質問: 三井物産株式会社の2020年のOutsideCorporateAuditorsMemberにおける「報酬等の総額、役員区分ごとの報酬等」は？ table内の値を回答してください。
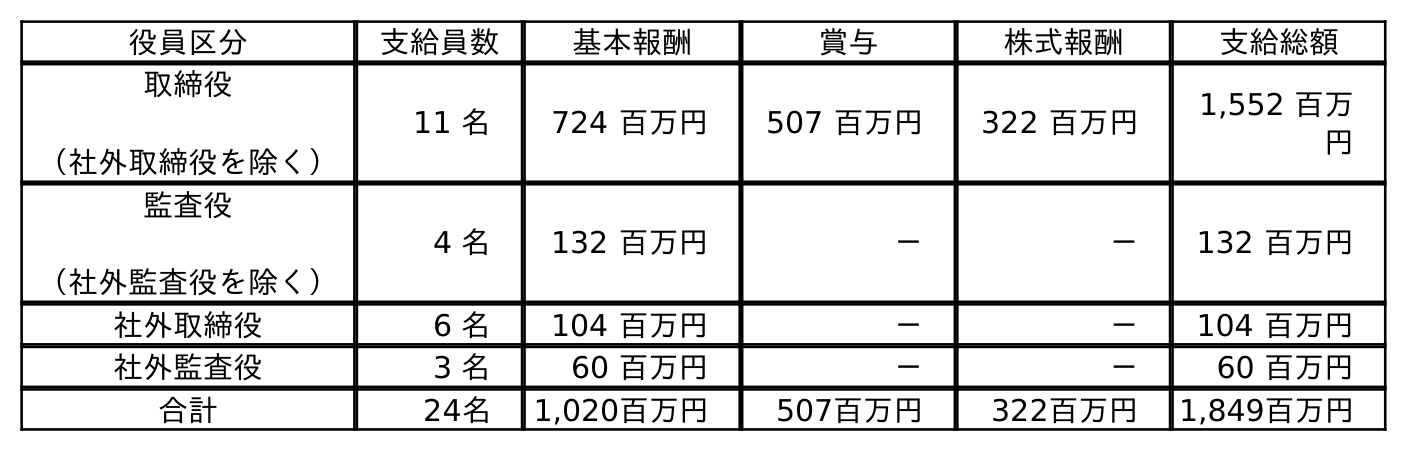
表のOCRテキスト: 役員区分 支給員数 基本報酬 賞与 株式報酬 支給総額 取締役 （社外取締役を除く） 11 名 724 百万円 507 百万円 322 百万円 1,552 百万 円 監査役 （社外監査役を除く） 4 名 132 百万円 － － 132 百万円 社外取締役 6 名 104 百万円 － － 104 百万円 社外監査役 3 名 60 百万円 － － 60 百万円 合計 24名 1,020百万円 507百万円 322百万円 1,849百万円
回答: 60百万円